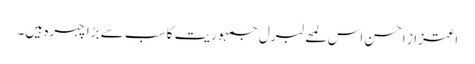
اعتزاز احسن اس لمحے لبرل جمہوریت کا سب سے بڑا چہرہ ہیں۔